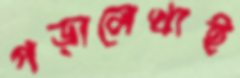
পড়ালেখাই